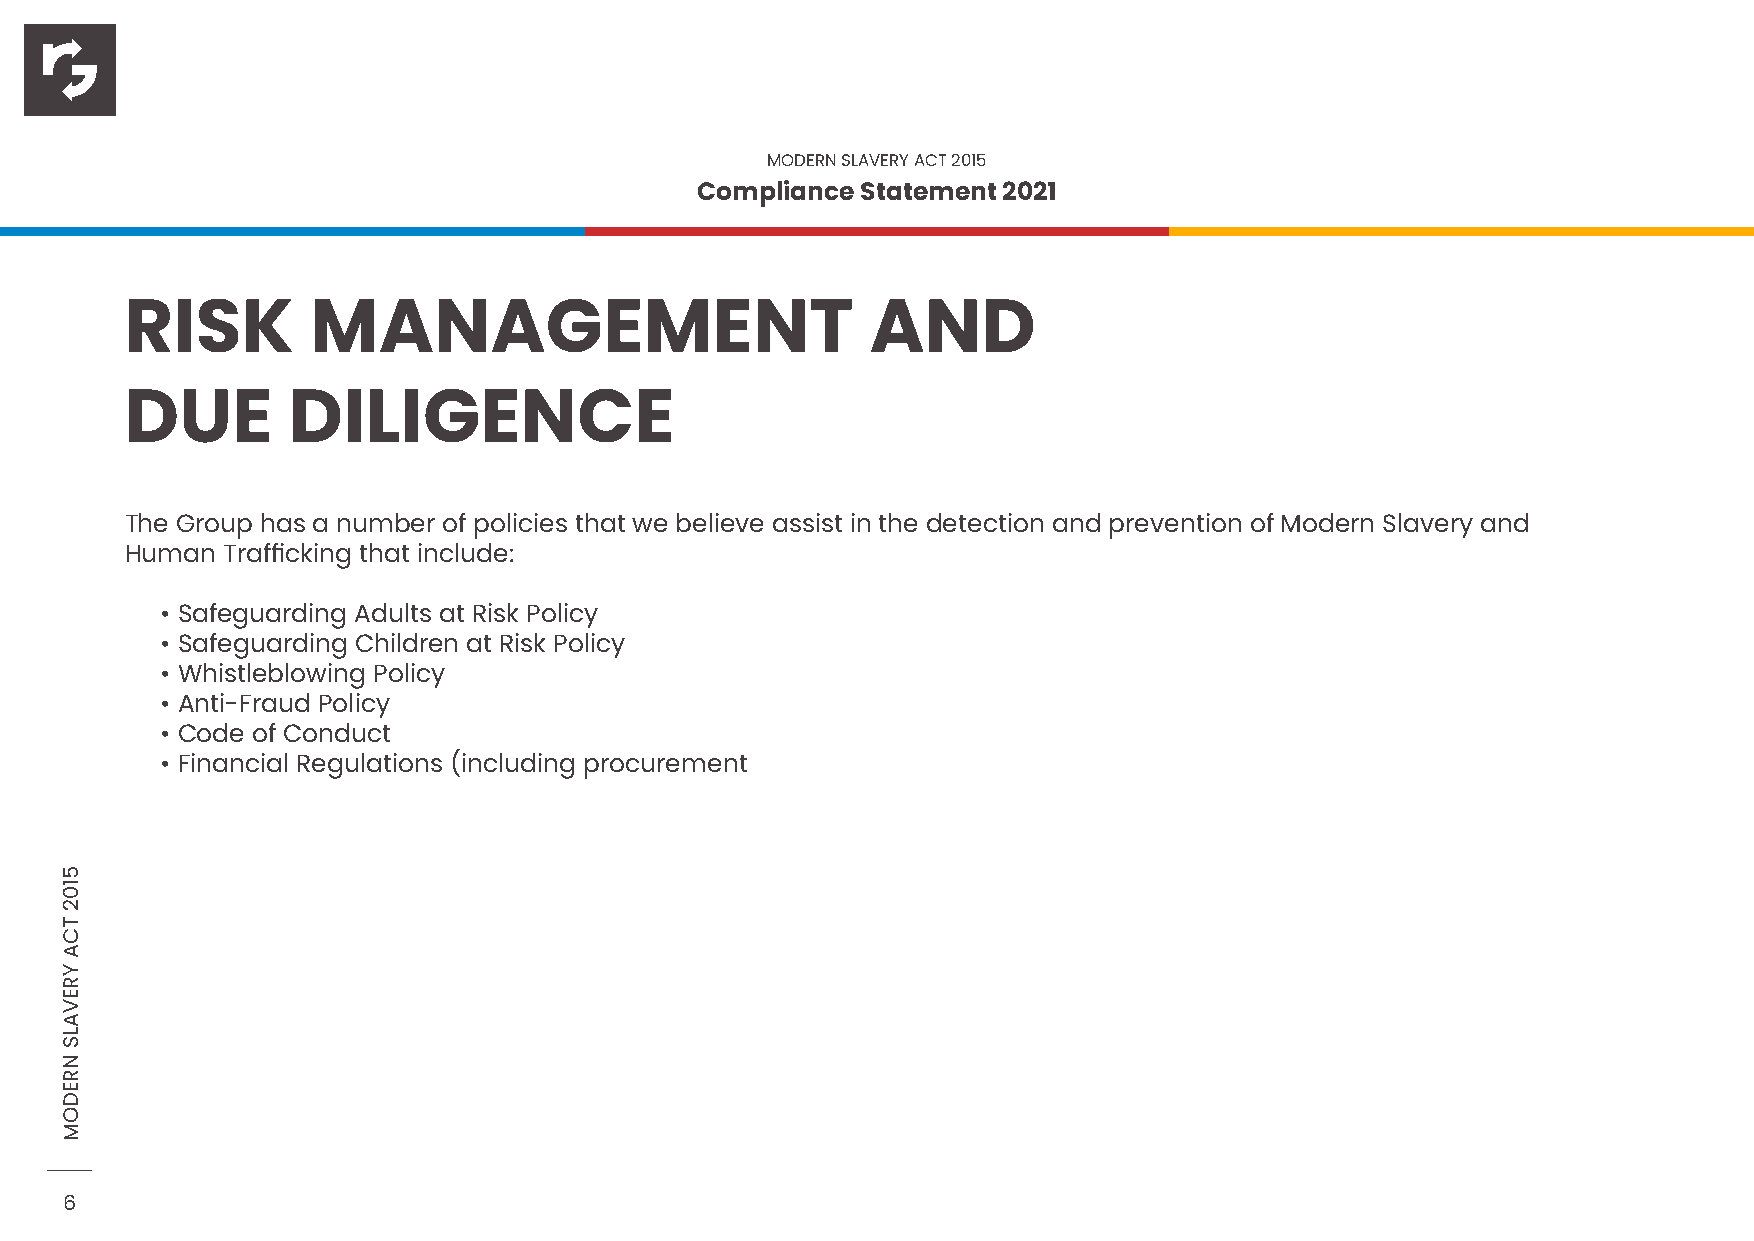
MODERN SLAVERY ACT 2015
 Compliance Statement 2021
 RISK         MANAGEMENT                           AND
 DUE        DILIGENCE
 The Group has a number of policies that we believe assist in the detection and prevention of Modern Slavery and
 Human  Trafficking that include:
 • Safeguarding Adults at Risk Policy
 • Safeguarding Children at Risk Policy
 • Whistleblowing Policy
 • Anti-Fraud Policy
 • Code of Conduct
 • Financial Regulations (including procurement
 6
 5102
 TCA
 YREVALS
 NREDOM